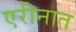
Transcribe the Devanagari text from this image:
एरीनात